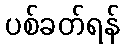
ပစ်ခတ်ရန်